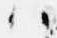
ハ